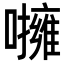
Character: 𡃵